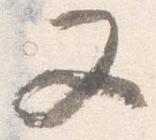
又